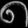
Digit: ၈